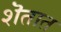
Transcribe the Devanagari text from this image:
शॆतात